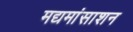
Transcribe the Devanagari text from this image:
मद्यमांसाशन